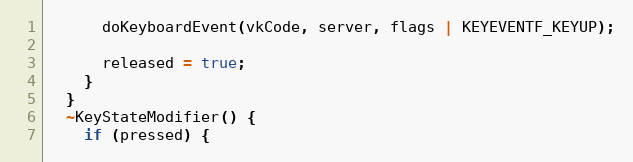
Language: C++
      doKeyboardEvent(vkCode, server, flags | KEYEVENTF_KEYUP);

      released = true;
    }
  }
  ~KeyStateModifier() {
    if (pressed) {